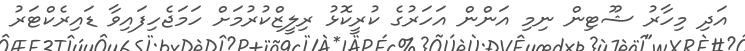
އަދި މިހާރު ޝޫޓިން ނިމި އަންން އަހަރުގެ ކުރީކޮޅު ރިލީޒްކުރުމަށް ހަމަޖެހިފައިވާ ޑައިރެކްޓަރު